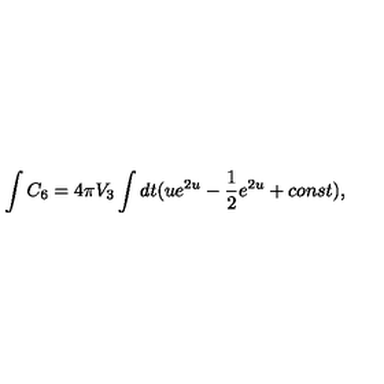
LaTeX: \int C _ { 6 } = 4 \pi V _ { 3 } \int d t ( u e ^ { 2 u } - { \frac { 1 } { 2 } } e ^ { 2 u } + c o n s t ) ,